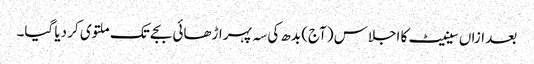
بعد ازاں سینیٹ کا اجلاس (آج) بدھ کی سہ پہر اڑھائی بجے تک ملتوی کر دیا گیا۔